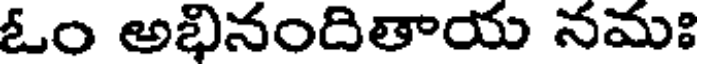
ఓం అభినందితాయ నమః